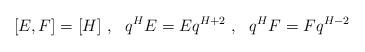
LaTeX: \begin{align*}[E, F] = [H]\ ,\ \ q^H E = E q^{H+2}\ ,\ \ q^H F = F q^{H-2}\end{align*}